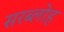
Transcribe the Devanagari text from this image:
सरब्लोह